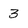
Character: 3